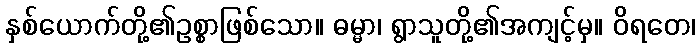
နှစ်ယောက်တို့၏ဥစ္စာဖြစ်သော။ ဓမ္မာ၊ ရွာသူတို့၏အကျင့်မှ။ ဝိရတေ၊